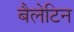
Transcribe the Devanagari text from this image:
बैलेटिन